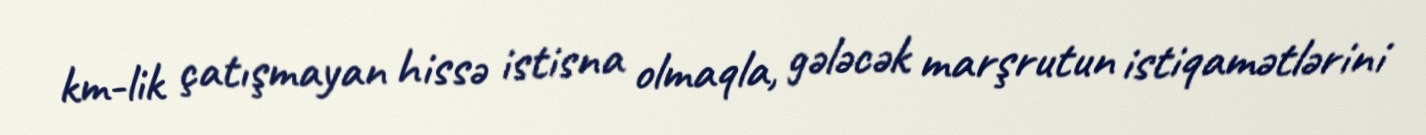
km-lik çatışmayan hissə istisna olmaqla, gələcək marşrutun istiqamətlərini